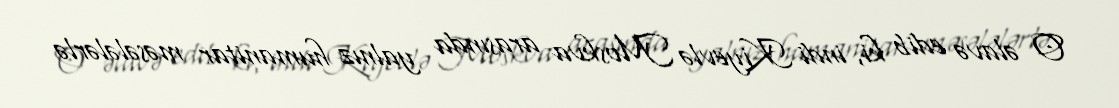
O əlavə edib ki, indi Kiyevlə Moskva arasında yalnız humanitar məsələlərlə